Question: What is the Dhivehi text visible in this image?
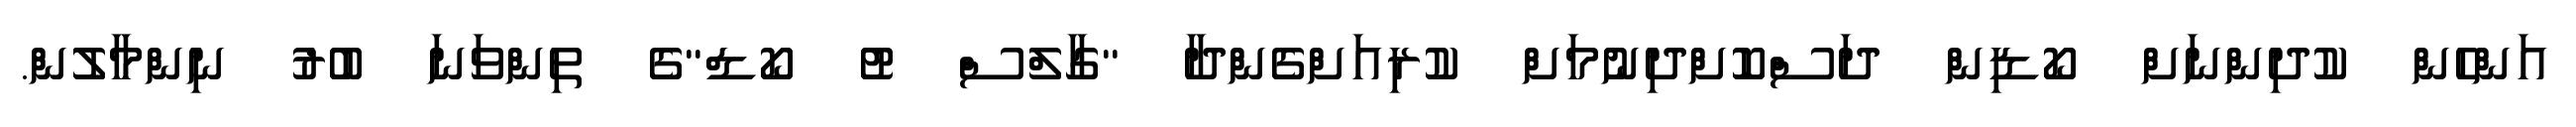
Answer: އަންހެން ކުދިންނަށް ކޯޑިން ދަސްކޮށްދިނުމަށް ކުރިއަށްގެންދާ "ގާލްސް ޓު ކޯޑް"ގެ ތިންވަނަ ބުރު ނިންމާލުން.